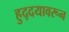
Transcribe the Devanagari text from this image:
हुद्दयावरून